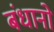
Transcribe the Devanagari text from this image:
बंधानो